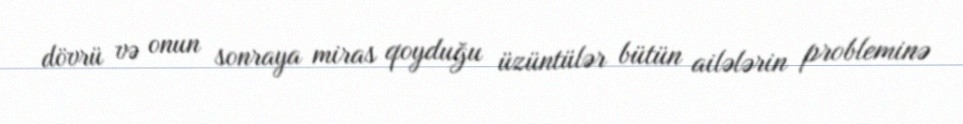
dövrü və onun sonraya miras qoyduğu üzüntülər bütün ailələrin probleminə